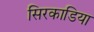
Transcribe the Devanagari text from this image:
सिरकाडिया